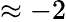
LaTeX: \approx-2